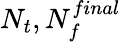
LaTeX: N_{t},N_{f}^{final}